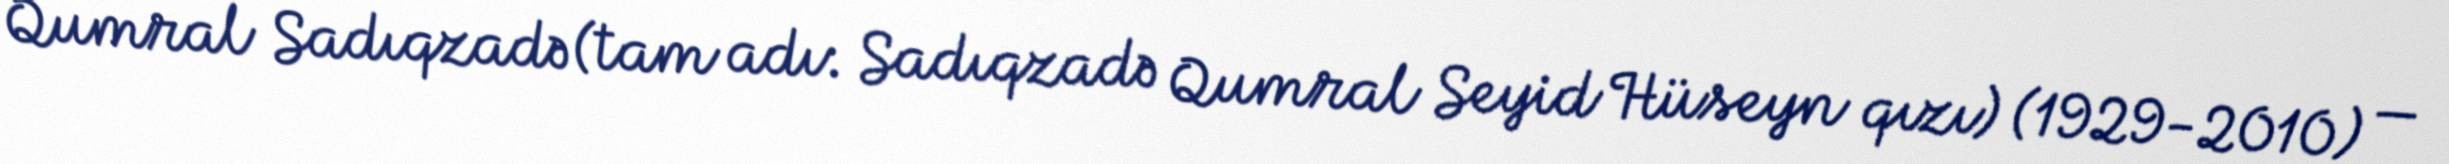
Qumral Sadıqzadə (tam adı: Sadıqzadə Qumral Seyid Hüseyn qızı) (1929-2010) —